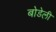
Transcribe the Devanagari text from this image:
बोडेली